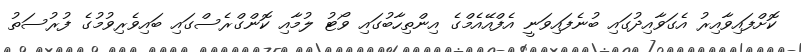
ކޮށްފައިވާއިރު އެގަވާއިދުގައި ބުނެފައިވަނީ އެފްއޭއެމްގެ އިންތިހާބުގައި ވޯޓު ލުމާއި ކޮންގްރެސްގައި ބައިވެރިވުމުގެ ފުރުސަތު